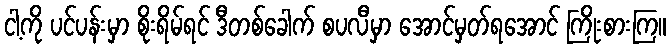
ငါ့ကို ပင်ပန်းမှာ စိုးရိမ်ရင် ဒီတစ်ခေါက် စပလီမှာ အောင်မှတ်ရအောင် ကြိုးစားကြ။